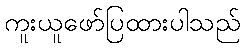
ကူးယူဖော်ပြထားပါသည်